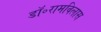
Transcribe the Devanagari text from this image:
डॉ॰रामविलास